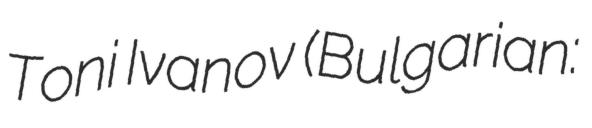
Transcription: Toni Ivanov (Bulgarian: